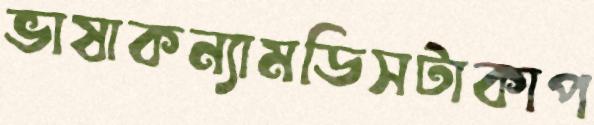
ভাষাকন্যামডিসটাকাপ